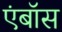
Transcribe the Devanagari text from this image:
एंबॉस